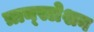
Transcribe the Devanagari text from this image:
त्रान्स्लेशन